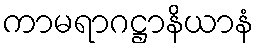
ကာမရာဂဋ္ဌာနိယာနံ